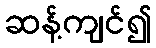
ဆန့်ကျင်၍